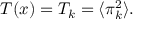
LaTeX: T ( x ) = T _ { k } = \langle \pi _ { k } ^ { 2 } \rangle .